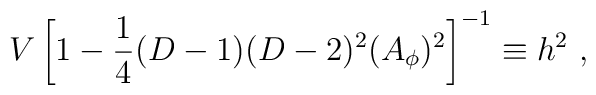
V\left[1-{1\over 4}(D-1)(D-2)^2 (A_\phi)^2\right]^{-1}\equiv h^2~,